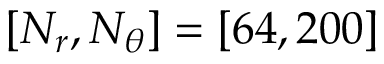
\left[ N _ { r } , N _ { \theta } \right] = \left[ 6 4 , 2 0 0 \right]